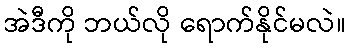
အဲဒီကို ဘယ်လို ရောက်နိုင်မလဲ။